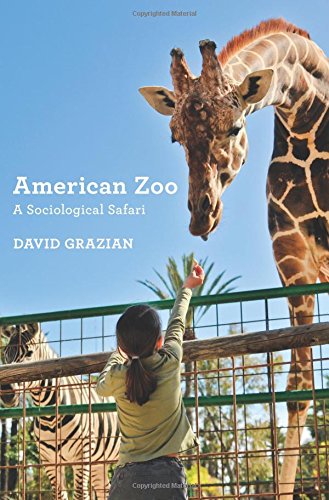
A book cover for American Zoo: A Sociological Safari; David Grazian; Science & Math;